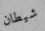
شيطان